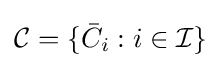
{\mathcal {C}}=\{{\bar {C}}_{i}:i\in {\mathcal {I}}\}